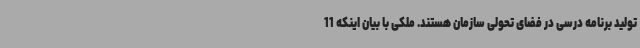
تولید برنامه درسی در فضای تحولی سازمان هستند. ملکی با بیان اینکه 11